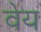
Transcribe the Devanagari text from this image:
वेय